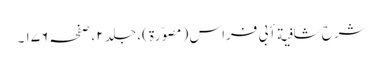
شرح شافیة أبی فراس ( مصوّرة )، جلد ٢ ، صفحہ ١٧٦ ۔